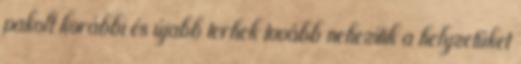
pakolt korábbi és újabb terhek tovább nehezítik a helyzetüket